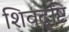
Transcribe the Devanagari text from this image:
शिवदृष्टि